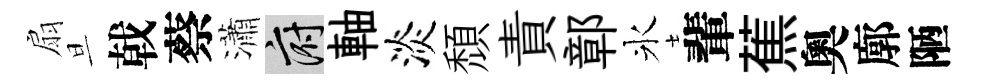
扇旦戟蔡瀟府軸淡頽責鄣氷輩蕉奧廓陋